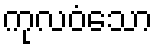
ကုလဝံသော